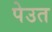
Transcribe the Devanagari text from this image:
पेउत